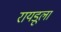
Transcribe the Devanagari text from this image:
रायडूला